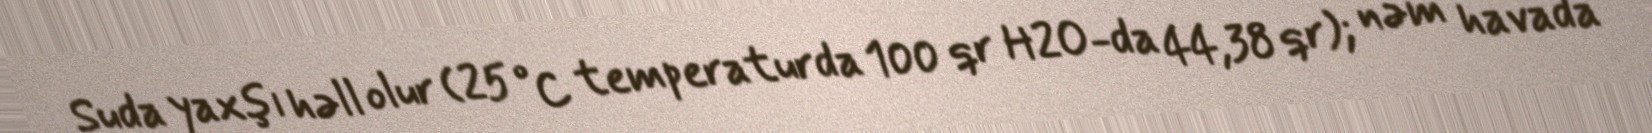
Suda yaxşı həll olur (25 °C temperaturda 100 qr H2O-da 44,38 qr); nəm havada